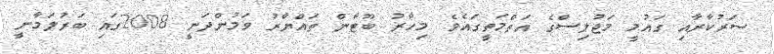
ސަރުކާރާއި ގައުމީ މަޖުލިސްގެ އަތްމަތީގައެވެ. މިހާރު ބޫޓާން ތައްޔާރު ވަމުންދަނީ 2008ގައި ބަރުލަމާނީ